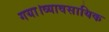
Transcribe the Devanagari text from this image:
गया।व्यावसायिक